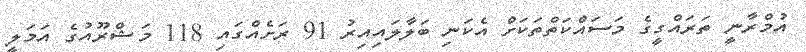
އުމްރާނީ ތަރައްގީގެ މަސައްކަތްތަކަށް އެކަނި ބަލާލައިއިރު 91 ރަށެއްގައި 118 މަޝްރޫއުގެ އަމަލީ